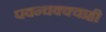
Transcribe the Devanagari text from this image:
पवन्चक्क्याही